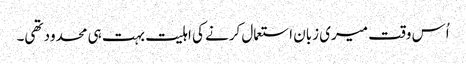
اُس وقت میری زبان استعمال کرنے کی اہلیت بہت ہی محدود تھی۔